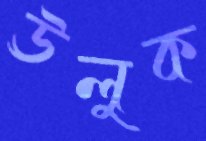
ঊলুক